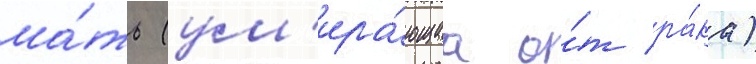
ма́ть (ум'ира́ющаа о́т ра́ка)